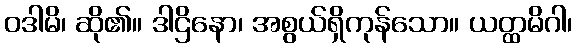
ဝဒါမိ၊ ဆို၏။ ဒါဌိနော၊ အစွယ်ရှိကုန်သော။ ယတ္ထမိဂါ၊